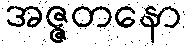
အဇ္ဇတနော